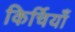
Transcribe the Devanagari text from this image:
किर्चियाँ